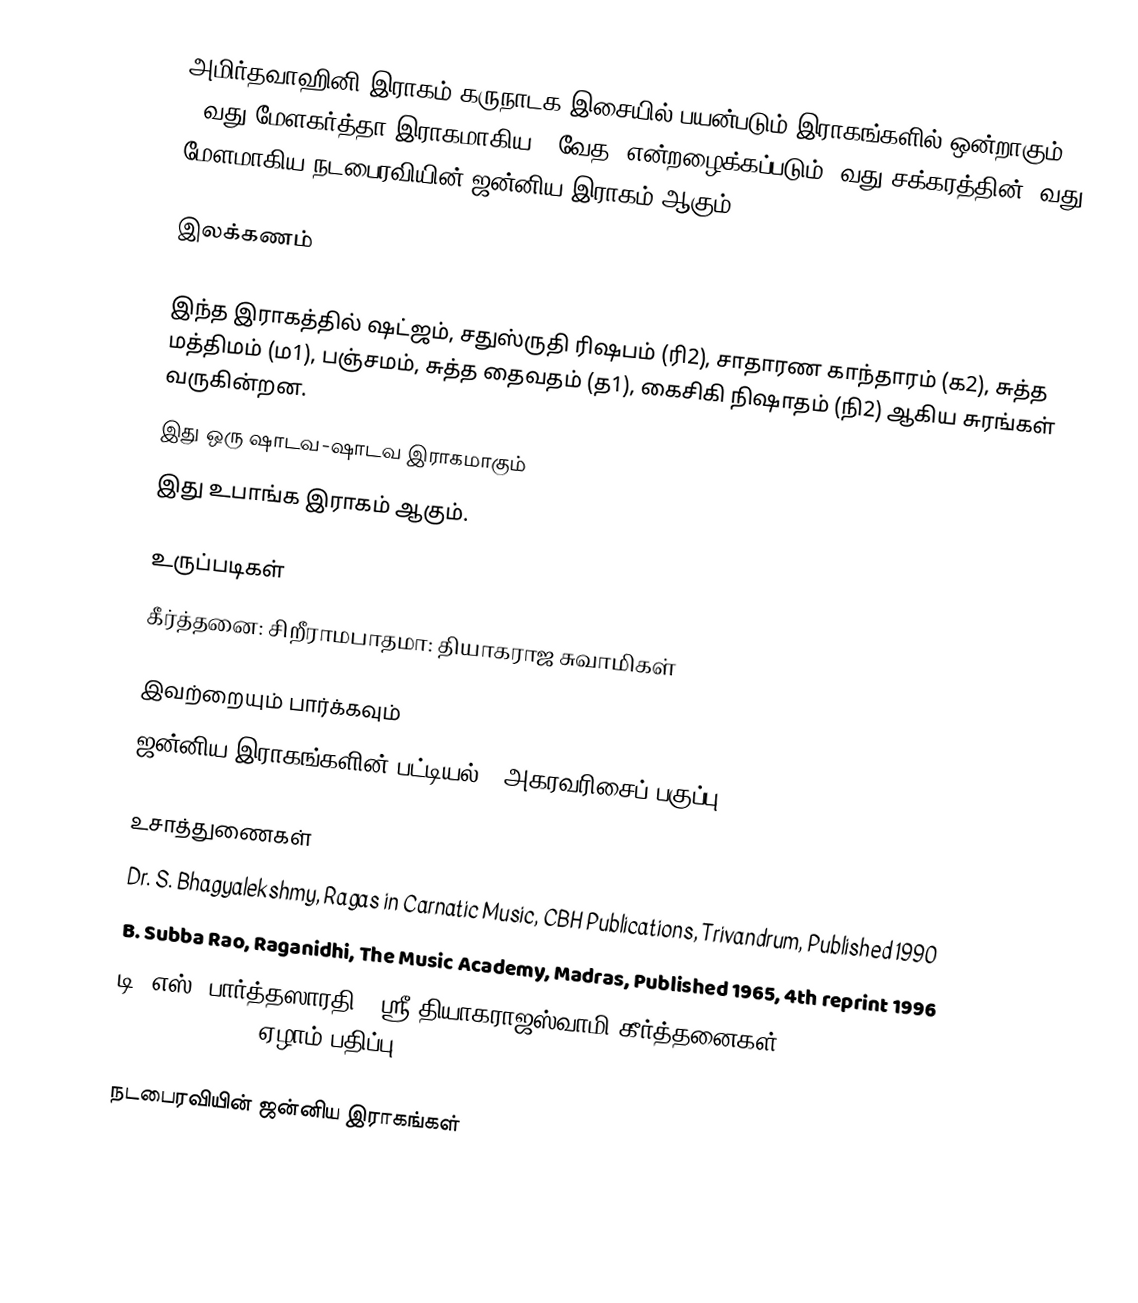
அமிர்தவாஹினி இராகம் கருநாடக இசையில் பயன்படும் இராகங்களில் ஒன்றாகும். 20வது மேளகர்த்தா இராகமாகிய, "வேத" என்றழைக்கப்படும் 4வது சக்கரத்தின் 2வது மேளமாகிய நடபைரவியின் ஜன்னிய இராகம் ஆகும்.

இலக்கணம்

 இந்த இராகத்தில் ஷட்ஜம், சதுஸ்ருதி ரிஷபம் (ரி2),  சாதாரண காந்தாரம் (க2), சுத்த மத்திமம் (ம1), பஞ்சமம், சுத்த தைவதம் (த1), கைசிகி நிஷாதம்  (நி2) ஆகிய சுரங்கள் வருகின்றன.
 இது ஒரு ஷாடவ-ஷாடவ இராகமாகும்
 இது உபாங்க இராகம் ஆகும்.

உருப்படிகள்
 கீர்த்தனை: சிறீராமபாதமா: தியாகராஜ சுவாமிகள்

இவற்றையும் பார்க்கவும்
 ஜன்னிய இராகங்களின் பட்டியல் - அகரவரிசைப் பகுப்பு

உசாத்துணைகள்
 Dr. S. Bhagyalekshmy, Ragas in Carnatic Music, CBH Publications, Trivandrum, Published 1990
 B. Subba Rao, Raganidhi, The Music Academy, Madras, Published 1965, 4th reprint 1996
 டி. எஸ். பார்த்தஸாரதி, "ஸ்ரீ தியாகராஜஸ்வாமி கீர்த்தனைகள்", The Karnatic music book centre, Madras, ஏழாம் பதிப்பு - 1996

நடபைரவியின் ஜன்னிய இராகங்கள்